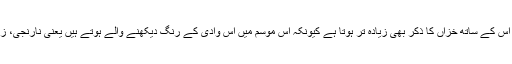
گلگت بلتستان کی وادی ہنزہ کا ذکر کیا جاتا ہے تو اس کے ساتھ خزاں کا ذکر بھی زیادہ تر ہوتا ہے کیونکہ اس موسم میں اس وادی کے رنگ دیکھنے والے ہوتے ہیں یعنی نارنجی، زرد، سرخ اور دیگر رنگ ہر جگہ پھیلے ہوتے ہیں۔